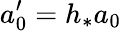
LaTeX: a_{0}^{\prime}=h_{*}a_{0}